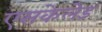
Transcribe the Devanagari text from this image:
एसकेलेड